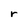
Character: r